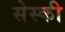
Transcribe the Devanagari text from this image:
सेस्की